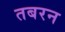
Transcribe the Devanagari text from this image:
तबरन